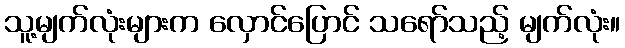
သူ့မျက်လုံးများက လှောင်ပြောင် သရော်သည့် မျက်လုံး။